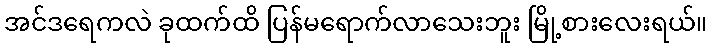
အင်ဒရေကလဲ ခုထက်ထိ ပြန်မရောက်လာသေးဘူး မြို့စားလေးရယ်။